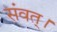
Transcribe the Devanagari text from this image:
संवत्‌।